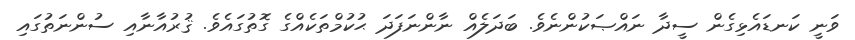
ވަނީ ކަނޑައެޅިގެން ސީދާ ނައްޞަކުންނެވެ. ބަދަލެއް ނާންނަފަދަ ޙުކުމްތަކެއްގެ ގޮތުގައެވެ. ޤުރުއާނާއި ސުންނަތުގައި